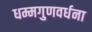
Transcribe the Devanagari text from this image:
धम्मगुणवर्धना